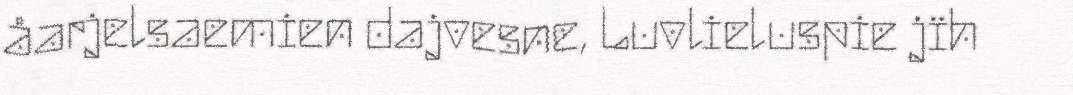
åarjelsaemien dajvesne, Luvlieluspie jïh